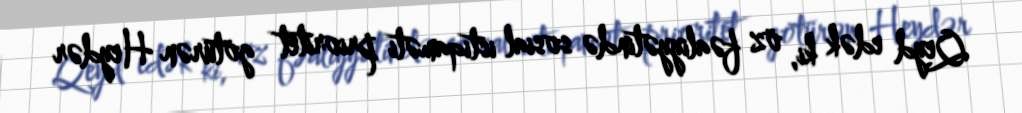
Qeyd edək ki, öz fəaliyyətində sosial istiqaməti prioritet götürən Heydər